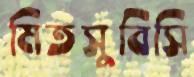
মিতসুবিসি